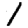
Digit: 1